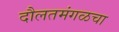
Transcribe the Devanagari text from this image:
दौलतमंगळचा